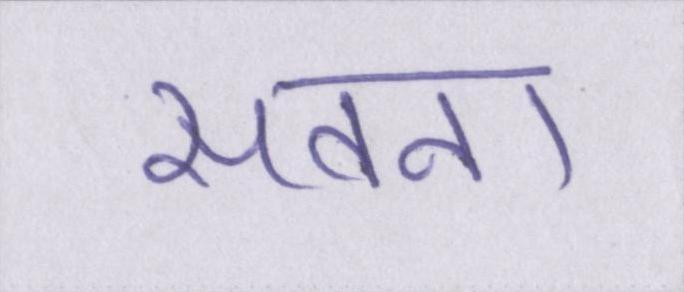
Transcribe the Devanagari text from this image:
सतना